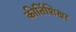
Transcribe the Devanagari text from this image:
कीर्तिशिखर